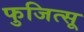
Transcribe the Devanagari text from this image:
फुजित्सू